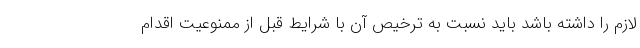
لازم را داشته باشد باید نسبت به ترخیص آن با شرایط قبل از ممنوعیت اقدام